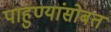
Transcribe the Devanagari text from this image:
पाहुण्यांसोबत